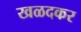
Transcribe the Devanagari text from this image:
खळदकर